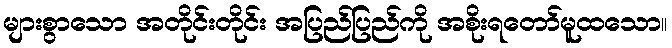
များစွာသော အတိုင်းတိုင်း အပြည်ပြည်ကို အစိုးရတော်မူထသော။